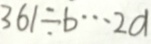
3 6 1 \div b \cdots 2 a